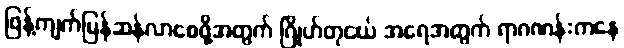
ဖြန့်ကျက်မြန်ဆန်လာစေဖို့အတွက် ဂြိုဟ်တုငယ် အရေအတွက် ရာဂဏန်းကနေ